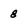
Character: 8